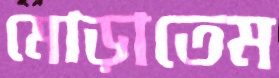
মোড়াতেম